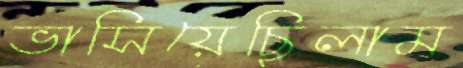
ভাসিয়েছিলাম